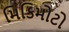
મિકિમોટો